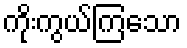
ကိုးကွယ်ကြသော